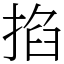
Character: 掐